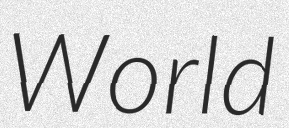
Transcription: World